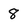
Character: 8